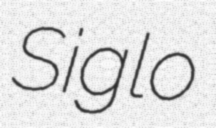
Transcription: Siglo